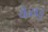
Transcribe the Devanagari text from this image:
येळाडू